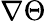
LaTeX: \nabla\Theta